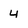
Character: 4